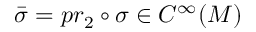
{ \bar { \sigma } } = p r _ { 2 } \circ \sigma \in C ^ { \infty } ( M )